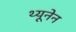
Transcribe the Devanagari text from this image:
थ्यूनेन